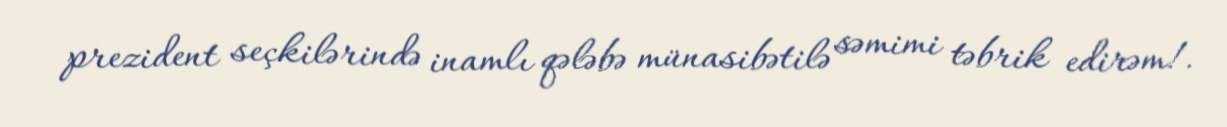
prezident seçkilərində inamlı qələbə münasibətilə səmimi təbrik edirəm!.